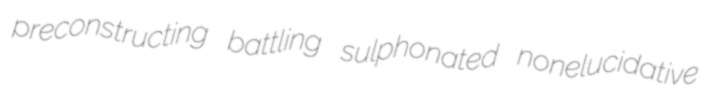
preconstructing battling sulphonated nonelucidative